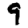
Digit: 9